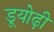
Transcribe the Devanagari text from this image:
डूयोढ़ी